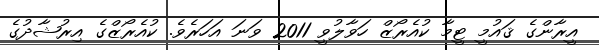
އީރާންގެ ޤައުމީ ޓީމާ ކުއެރޯޒް ހަވާލުވީ 2011 ވަނަ އަހަރެވެ. ކުއެރޯޒްގެ އިރުޝާދުގެ